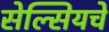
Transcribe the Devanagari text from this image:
सेल्सियचे